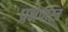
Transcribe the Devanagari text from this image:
प्रक्षेपास्‍त्र